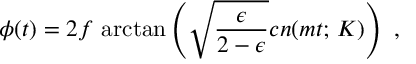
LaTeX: \phi ( t ) = 2 f \, \arctan \left( \sqrt { \frac { \epsilon } { 2 - \epsilon } } c n ( m t ; \, { \cal K } ) \right) \ ,